Source: Handwritten
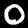
Digit: ၀ (0)